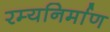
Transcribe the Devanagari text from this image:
रम्यनिर्माण